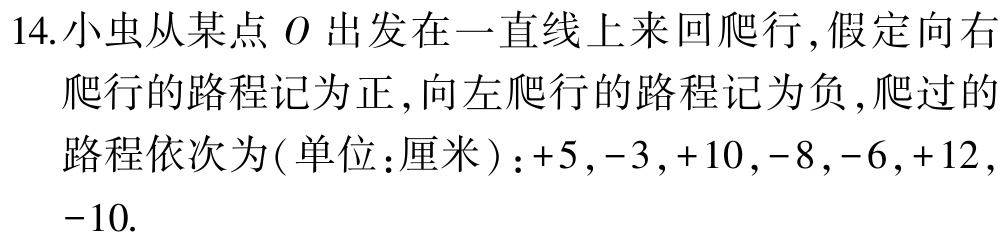
14.小虫从某点 \(O\) 出发在一直线上来回爬行，假定向右爬行的路程记为正，向左爬行的路程记为负，爬过的路程依次为(单位：厘米)：\(+5,-3,+10,-8,-6,+12,-10\).